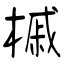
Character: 槭